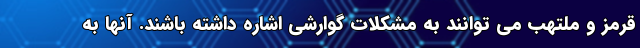
قرمز و ملتهب می توانند به مشکلات گوارشی اشاره داشته باشند. آنها به